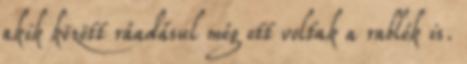
akik között ráadásul még ott voltak a rablók is.